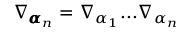
\nabla _ { { \pmb \alpha } _ { n } } = \nabla _ { \alpha _ { 1 } } . . . \nabla _ { \alpha _ { n } }